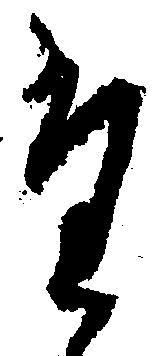
た